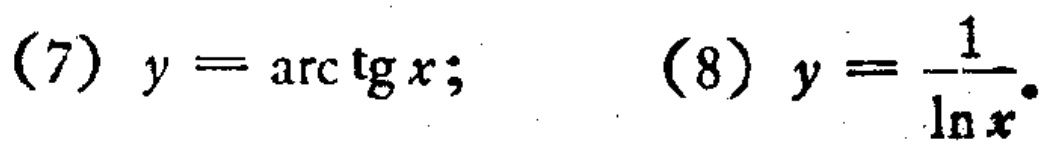
(7) \(y = \arctan x\); (8) \(y = \frac{1}{\ln x}\)